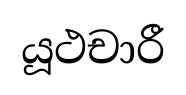
යූථචාරී